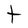
Character: t